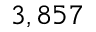
3 , 8 5 7